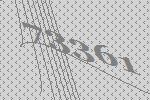
73361